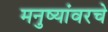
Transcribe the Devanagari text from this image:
मनुष्यांवरचे